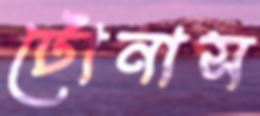
টোনাস